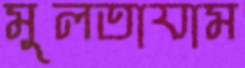
মুলতাযাম